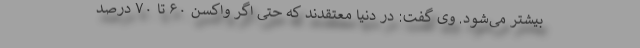
بیشتر می‌شود. وی گفت: در دنیا معتقدند که حتی اگر واکسن ۶۰ تا ۷۰ درصد